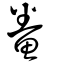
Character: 鮝